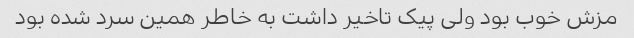
مزش خوب بود ولی پیک تاخیر داشت به خاطر همین سرد شده بود